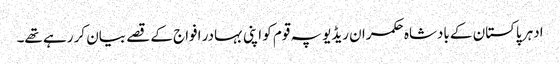
ادہر پاکستان کے بادشاہ حکمران ریڈیو پہ قوم کو اپنی بہادر افواج کے قصے بیان کر رہے تھے۔